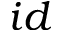
i d